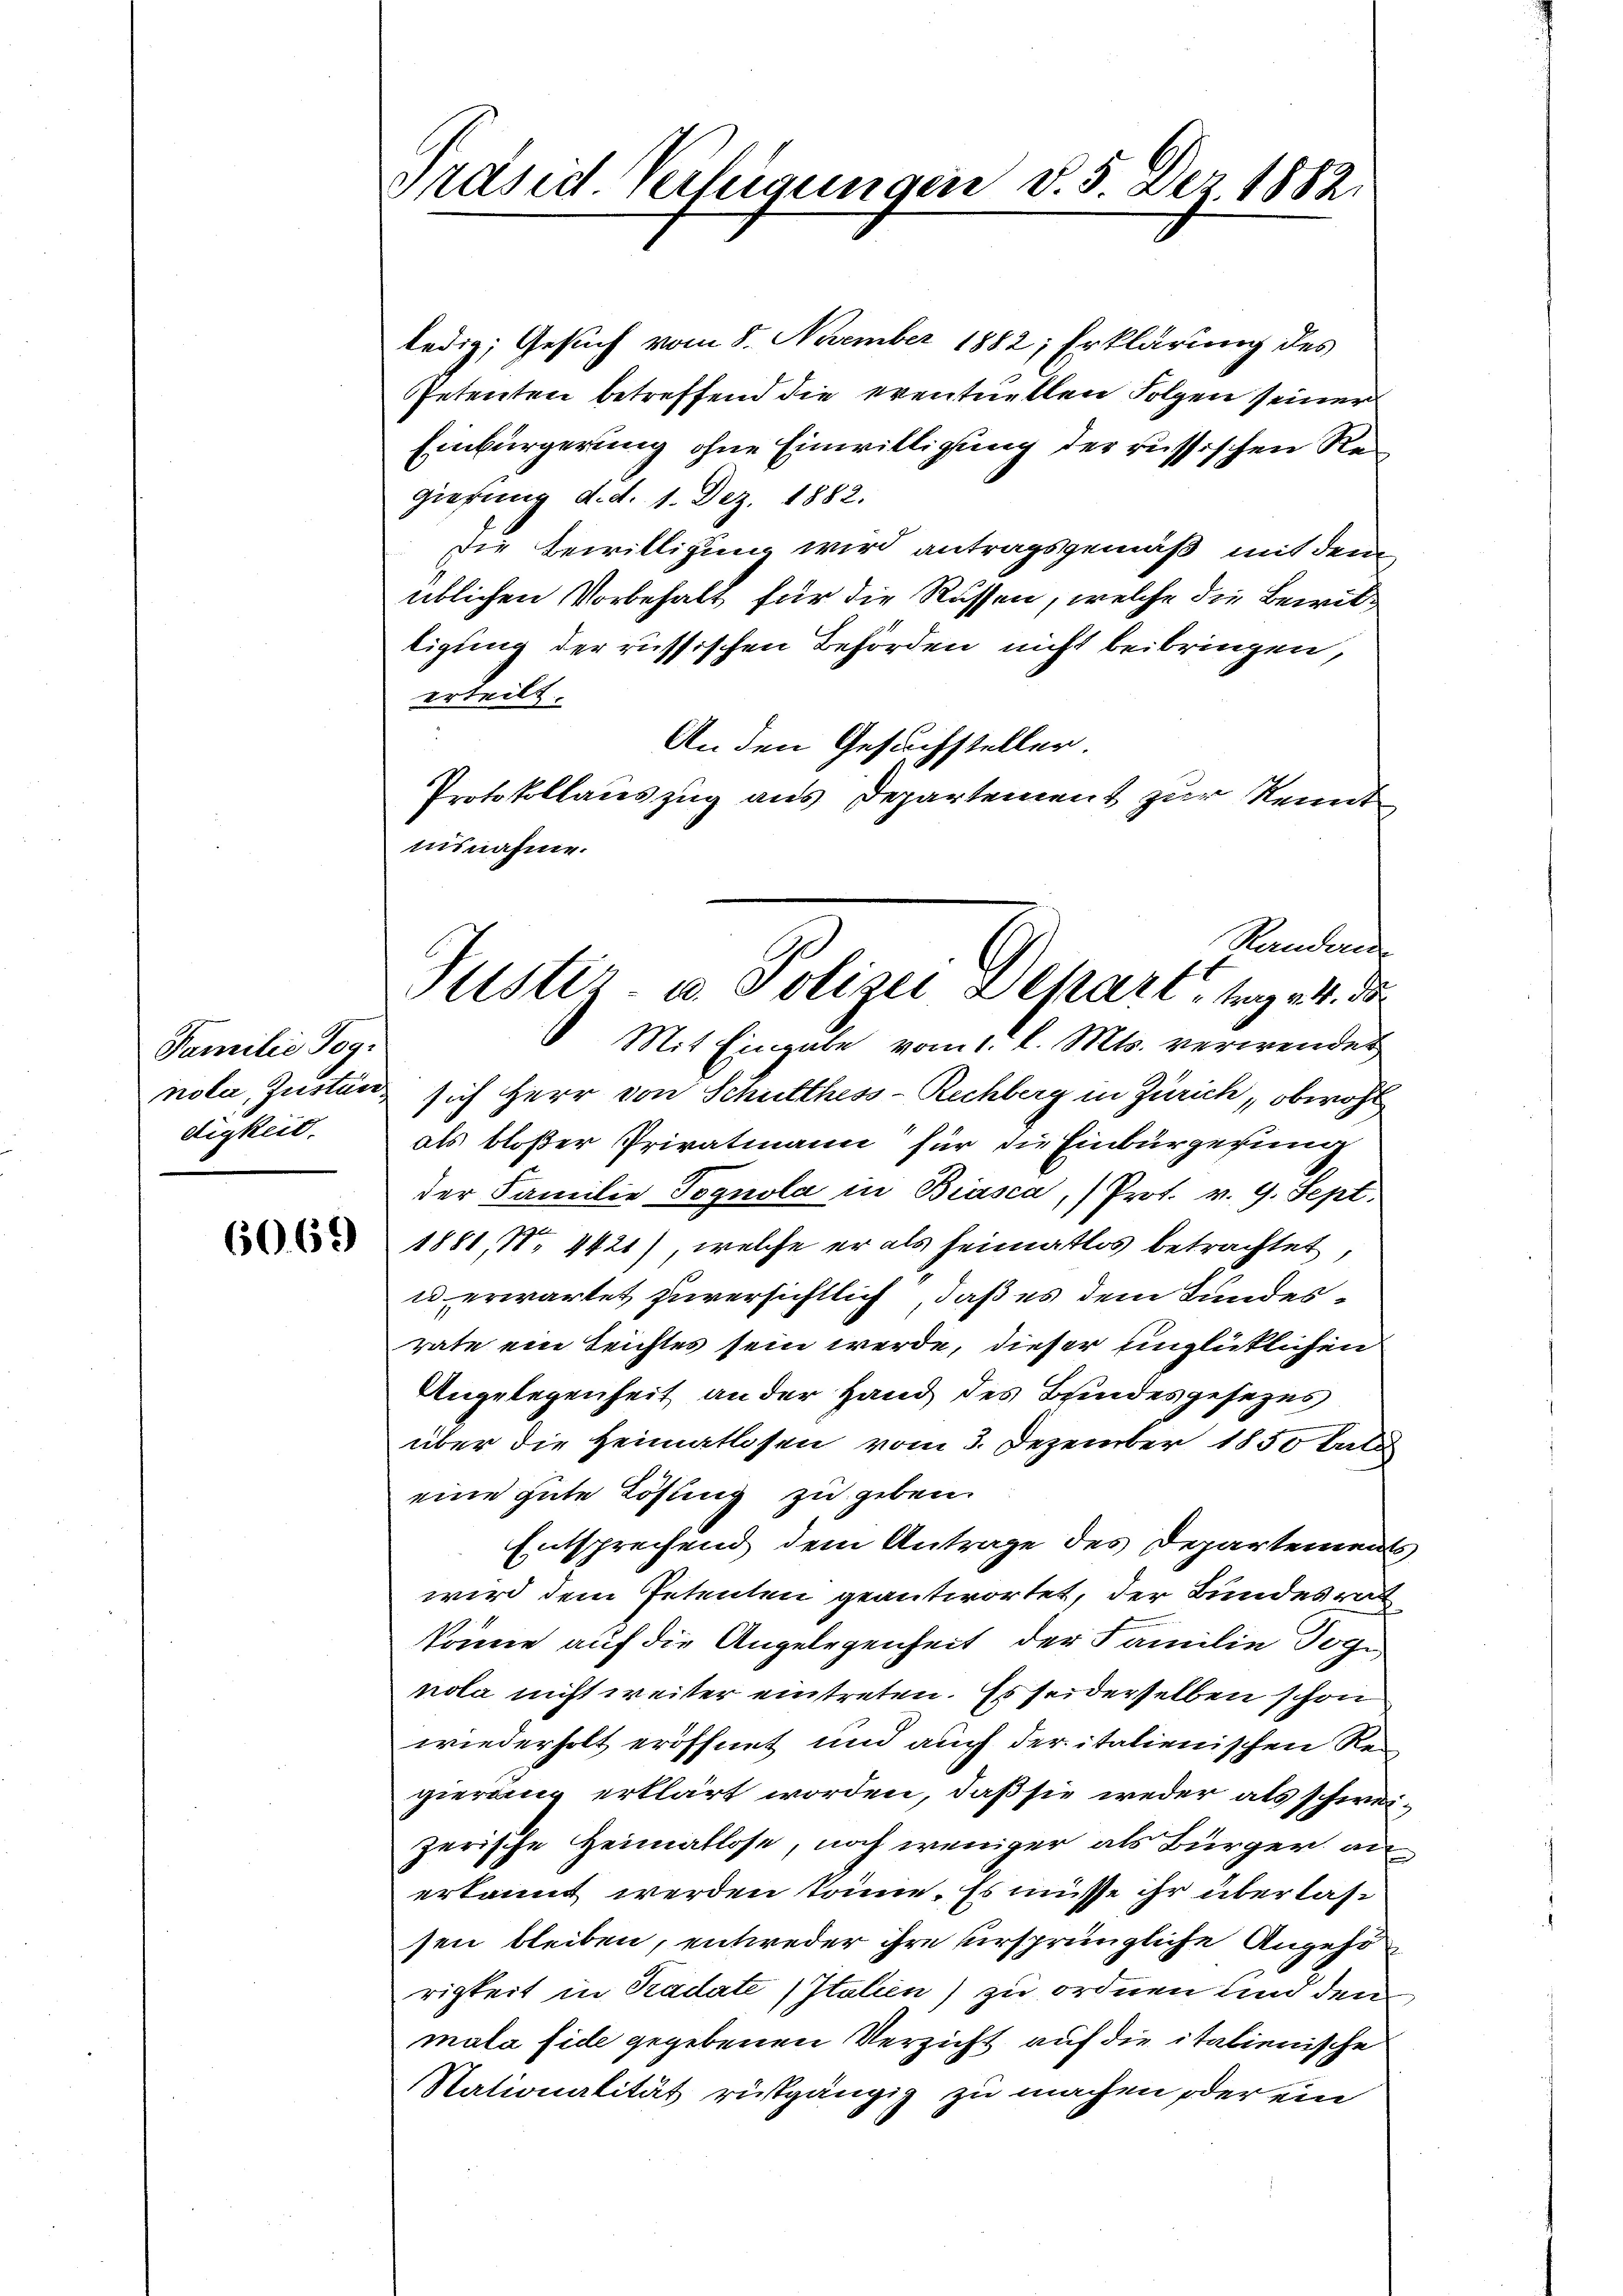
Familie Tog
nola, Justier
digkeit.

6069

Präsid. Verlegungen d. 5. Dez. 1882.

uisnahme.
Handert
Justiz- u. Polizei Depart, trage 4. de
Mit Eingabe vom 1. l. Mts. verwendet

ledig; Gesuch vom 8. November 1882; Erklärung des
Petenten betreffend die eventuellen Folgen seiner
Einbürgerung ohne Einwilligung der russischen Regiesung d. d. 1. Dez. 1882.
Die Bewilligung wird antragsgemäß mit dem
üblichen Vorbehalt für die Rüssen, welche die Bewilligung der russischen Behörden nicht beibringen,
erteilt.
An den Gesuchsteller
Protokollauszug aus Departement zur Kennt
sich Herr von Schulthess-Rechberg in Zürich, obwohl
als bloßer Privatmann für die Einbürgerung
der Familie Tognola in Biasca, (Prot. v. 9. Sept.
1881, No 4421), welche er als heimatlos betrachtet,
u erwartet zuversichtlich, daß es dem Bundesrate ein Leichtes sein werde, dieser einglücklichen
Angelegenheit an der Hand des Bundesgesezes
über die Heimatlosen vom 3. Dezember 1850 late
eine gute Lösung zu geben.
Entsprechend dem Antrage des Departements,
wird dem Petenten geantwortet, der Bundesrat
könne auf die Angelegenheit der Familie Dog
nola nicht weiter eintreten. Es seiderselben schon
wiederholt eröffnet und auch der italienischen Re
gierung erklärt worden, daß sie weder als schweizerische Heimatlose, noch weniger als Bürger anerkannt werden könne. Es müsse ihr überlassen bleiben, entweder ihre ursprüngliche Angehörigkeit in Kadate (Italien) zu ordnen und den
mala fide gegebenen Verzicht auf die italienische
Nationalität rüstgängig zu machen oder ein